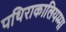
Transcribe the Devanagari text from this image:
पथिराकालियम्मा